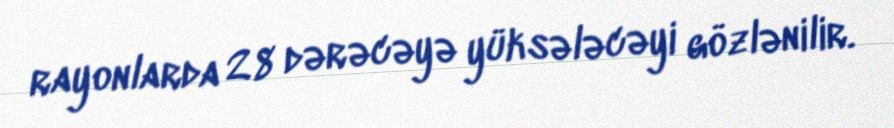
rayonlarda 28 dərəcəyə yüksələcəyi gözlənilir.